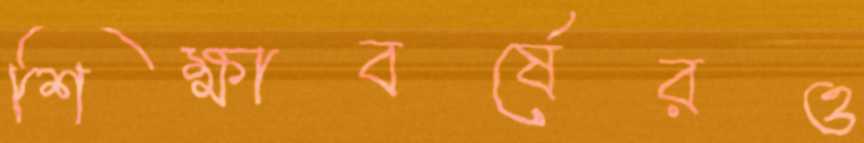
শিক্ষাবর্ষেরও